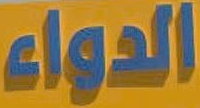
الدواء